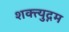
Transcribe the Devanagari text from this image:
शक्त्युद्गम